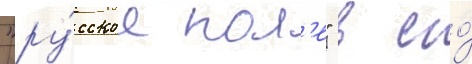
"ру́сское пол'е" в его́